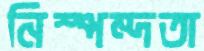
নিস্পন্দতা